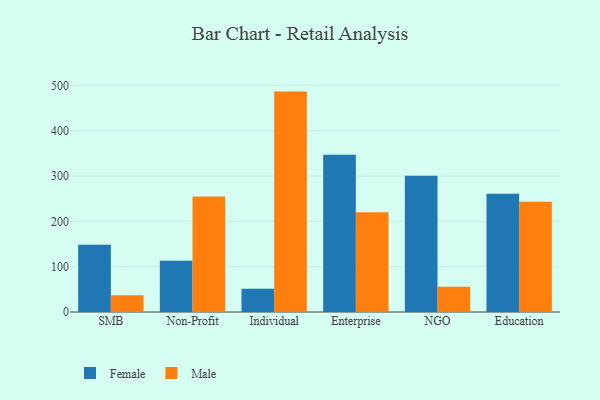
{"axis": {"x": "Segment", "y": "Latency (ms)"}, "legend": ["Female", "Male"], "data": [{"x": "SMB", "y": 148.3, "type": "Female"}, {"x": "SMB", "y": 36.8, "type": "Male"}, {"x": "Non-Profit", "y": 112.9, "type": "Female"}, {"x": "Non-Profit", "y": 254.6, "type": "Male"}, {"x": "Individual", "y": 51.5, "type": "Female"}, {"x": "Individual", "y": 486.3, "type": "Male"}, {"x": "Enterprise", "y": 346.7, "type": "Female"}, {"x": "Enterprise", "y": 219.9, "type": "Male"}, {"x": "NGO", "y": 300.4, "type": "Female"}, {"x": "NGO", "y": 55.9, "type": "Male"}, {"x": "Education", "y": 261.1, "type": "Female"}, {"x": "Education", "y": 243.2, "type": "Male"}]}